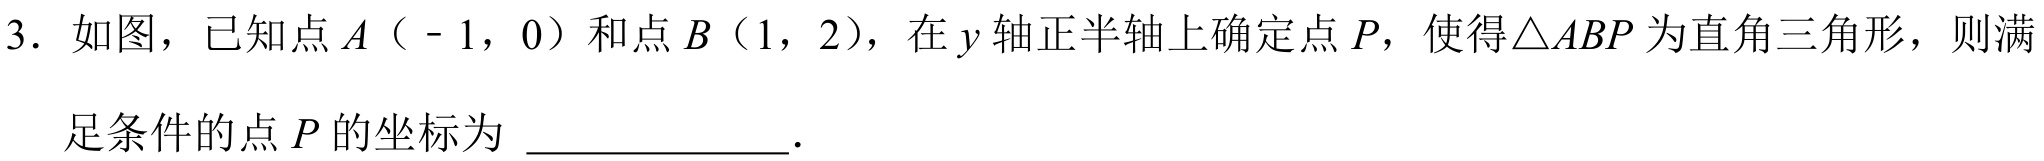
3. 如图，已知点\(A（ - 1,0）\)和点\(B（1,2）\)，在\(y\)轴正半轴上确定点\(P\)，使得\(\triangle ABP\)为直角三角形，则满足条件的点\(P\)的坐标为  .